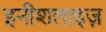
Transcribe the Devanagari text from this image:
इनीशलाइज़